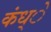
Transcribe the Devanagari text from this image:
कंध्े